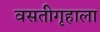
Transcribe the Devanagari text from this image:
वसतीगृहाला